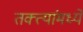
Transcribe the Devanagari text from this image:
तक्त्यांमध्ये